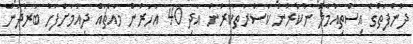
ދުންފަތުގެ އިސްތިއުމާލު ނުކުރުން ކަސްރަތުކުރުން އަދި 40 އަހަރުން މައްޗައް ދިއުމަށްފަހު ބަރުދަން